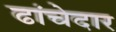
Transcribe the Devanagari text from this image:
ढांचेदार